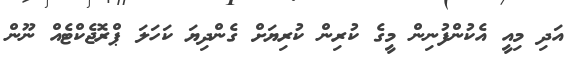
އަދި މިއީ އެކުންފުނިން މީގެ ކުރިން ކުރިޔަށް ގެންދިޔަ ކަހަލަ ޕްރޮޖެކްޓެއް ނޫން